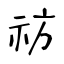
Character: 祊